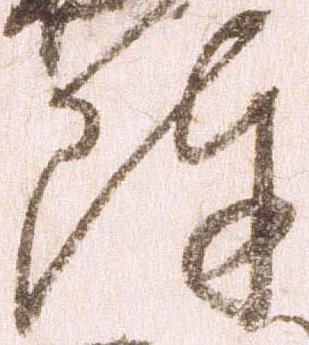
陣